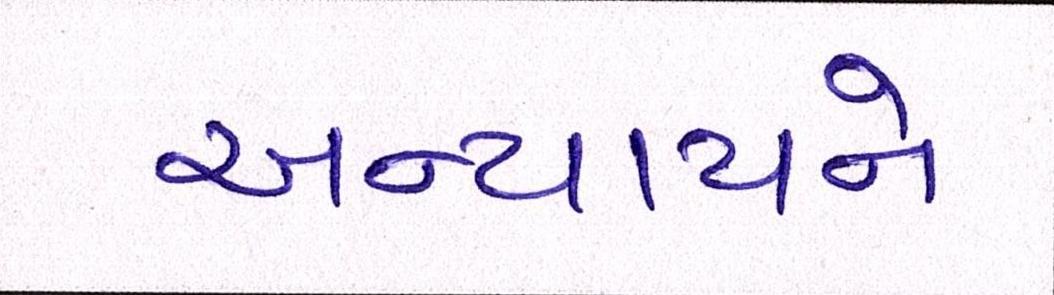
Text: અન્યાયને